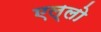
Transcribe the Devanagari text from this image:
एल्लो